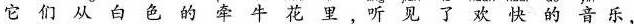
它们从白色的牵牛花里，听见了欢快的音乐，